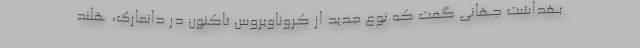
بهداشت جهانی گفت که نوع جدید از کروناویروس تاکنون در دانمارک، هلند